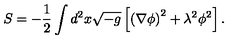
S = - { \frac { 1 } { 2 } } \int d ^ { 2 } x \sqrt { - g } \left[ \left( \nabla \phi \right) ^ { 2 } + \lambda ^ { 2 } \phi ^ { 2 } \right] .